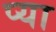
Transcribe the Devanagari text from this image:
प्या